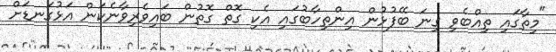
"މިތާގައި ތިއްބެވި ގިނަ ބޭފުޅުން އިންތިހާބުގައި އެކި ގޮތް ގޮތުން ބައިވެރިވާނެކަން އަޅުގަނޑަށް